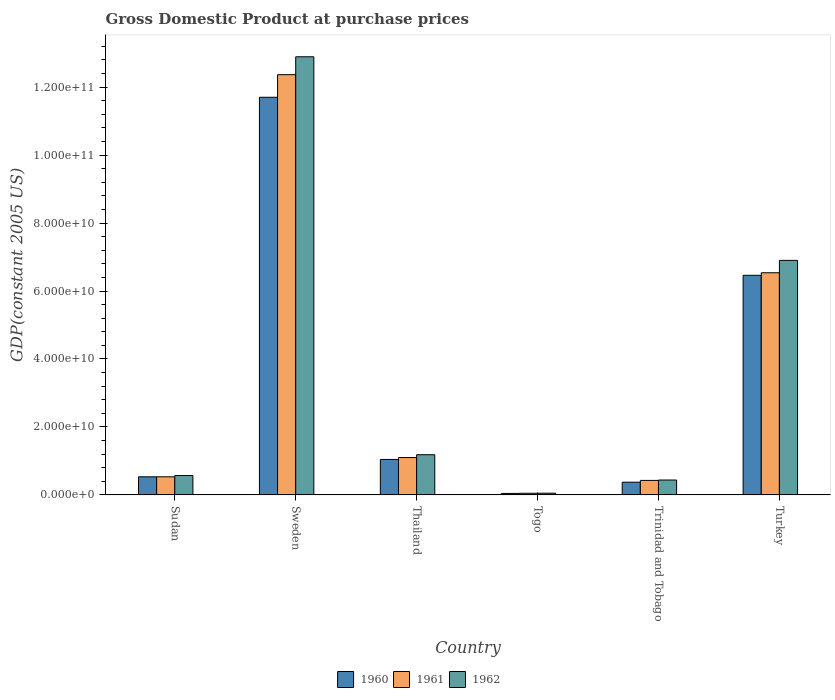
| Country | 1960 | 1961 | 1962 |
 | --- | --- | --- | --- |
 | Sudan | 5.32e+09 | 5.33e+09 | 5.69e+09 |
 | Sweden | 1.17e+11 | 1.24e+11 | 1.29e+11 |
 | Thailand | 1.04e+10 | 1.1e+10 | 1.18e+10 |
 | Togo | 4.31e+08 | 4.83e+08 | 5.01e+08 |
 | Trinidad and Tobago | 3.74e+09 | 4.26e+09 | 4.38e+09 |
 | Turkey | 6.46e+10 | 6.54e+10 | 6.9e+10 |